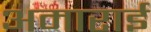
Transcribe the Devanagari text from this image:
अमाराई